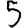
Digit: 5